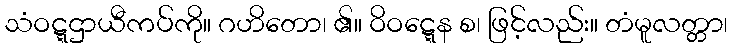
သံဝဋ္ဋဌာယီကပ်ကို။ ဂဟိတော၊ ၏။ ဝိဝဋ္ဋေန စ၊ ဖြင့်လည်း။ တံမူလတ္တာ၊